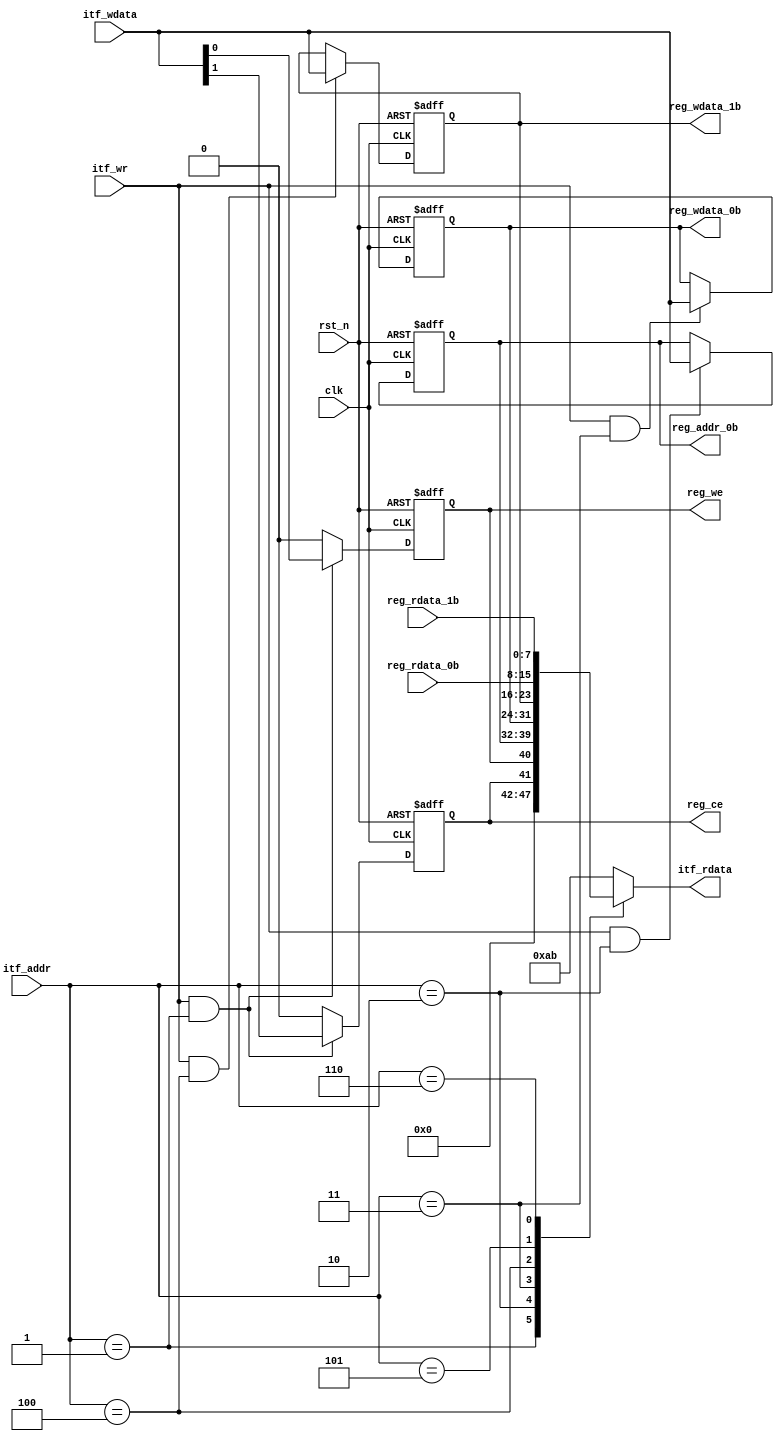
// -----------------------------------------------------------------------------
// MODULE NAME : itf2reg 
// DESCRIPTION : 
//     Interface to register access indirectly addressing         
//
// -----------------------------------------------------------------------------
// REVISION HISTORY
// VERSION    DATE        AUTHOR      DESCRIPTION
//   1.0        2021         XJ          
// 
// -----------------------------------------------------------------------------

module itf2reg(
    input  wire         clk              ,// system clock
    input  wire         rst_n            ,// system reset
    // Interface with ITF
    input  wire [7:0]   itf_addr         ,// ITF address
    input  wire [7:0]   itf_wdata        ,// ITF write data bus
    input  wire         itf_wr           ,// ITF write enable
    output reg  [7:0]   itf_rdata        ,// ITF read data bus
    // Interface with CFG
    //input  wire         reg_fin          ,// Register access finish
    input  wire [7:0]   reg_rdata_0b     ,// Register rdata[7:0]
    input  wire [7:0]   reg_rdata_1b     ,// Register rdata[15:8]
    output reg  [7:0]   reg_addr_0b      ,// Register address[7:0]
    output reg          reg_ce           ,// Register chip enable
    output reg          reg_we           ,// Register write enable
    output reg  [7:0]   reg_wdata_0b     ,// Register wdata[7:0]
    output reg  [7:0]   reg_wdata_1b      // Register wdata[15:8]
);
// *****************************************************************************
// DEFINE LOCAL PARAMETER 
// *****************************************************************************
//localparam STATUS           = 8'h00;
localparam OPERATION        = 8'h01;
localparam ADDR_0B          = 8'h02;
localparam WDATA_0B         = 8'h03;
localparam WDATA_1B         = 8'h04;
localparam RDATA_0B         = 8'h05;
localparam RDATA_1B         = 8'h06;
// *****************************************************************************
// DEFINE INTERNAL SIGNALS
// *****************************************************************************
//reg     slv_fin;
// *****************************************************************************
// INSTANTIATE MODULES 
// *****************************************************************************
// *****************************************************************************
// MAIN CODE
// *****************************************************************************
// W1C
//always @ (posedge clk or negedge rst_n) begin
//    if (!rst_n) begin
//        slv_fin <= 1'b0;
//    end else if ((itf_wr == 1'b1) && (itf_addr == STATUS)) begin
//        slv_fin <= itf_wdata[0] ? 1'b0 : slv_fin;
//    end else if (reg_fin == 1'b1) begin
//        slv_fin <=  1'b1;
//    end
//end
// W1P
always @ (posedge clk or negedge rst_n) begin
    if (!rst_n) begin
        reg_ce <=  1'b0;
    end else if ((itf_wr == 1'b1) && (itf_addr == OPERATION)) begin
        reg_ce <= itf_wdata[1];
    end else begin
        reg_ce <= 1'b0;
    end
end
// W1P
always @ (posedge clk or negedge rst_n) begin
    if (!rst_n) begin
        reg_we <= 1'b0;
    end else if ((itf_wr == 1'b1) && (itf_addr == OPERATION)) begin
        reg_we <= itf_wdata[0];
    end else begin
        reg_we <= 1'b0;
    end
end
// RW
always @ (posedge clk or negedge rst_n) begin
    if (!rst_n) begin
        reg_addr_0b <= 8'h00;
    end else if ((itf_wr == 1'b1) && (itf_addr == ADDR_0B)) begin
        reg_addr_0b <= itf_wdata;
    end
end
// RW
always @ (posedge clk or negedge rst_n) begin
    if (!rst_n) begin
        reg_wdata_0b <= 8'h00;
    end else if ((itf_wr == 1'b1) && (itf_addr == WDATA_0B)) begin
        reg_wdata_0b <= itf_wdata;
    end
end
// RW
always @ (posedge clk or negedge rst_n) begin
    if (!rst_n) begin
        reg_wdata_1b <= 8'h00;
    end else if ((itf_wr == 1'b1) && (itf_addr == WDATA_1B)) begin
        reg_wdata_1b <= itf_wdata;
    end
end
// output mux
always @ (*) begin
    case(itf_addr)      
        //STATUS          : itf_rdata = {7'h00,slv_fin}; 
        OPERATION       : itf_rdata = {6'h00,reg_ce,reg_we}; 
        ADDR_0B         : itf_rdata = reg_addr_0b;
        WDATA_0B        : itf_rdata = reg_wdata_0b;
        WDATA_1B        : itf_rdata = reg_wdata_1b;
        RDATA_0B        : itf_rdata = reg_rdata_0b;
        RDATA_1B        : itf_rdata = reg_rdata_1b;
        default         : itf_rdata = 8'hab;
    endcase
end
// *****************************************************************************
// ASSERTION
// *****************************************************************************
endmodule //END OF MODULE